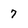
Character: 7